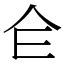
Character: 仺